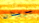
يريدان